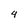
Character: 4